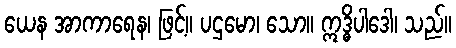
ယေန အာကာရေန၊ ဖြင့်။ ပဌမော၊ သော။ ဣဒ္ဓိပါဒေါ၊ သည်။